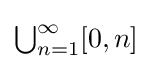
{\textstyle \bigcup _{n=1}^{\infty }[0,n]}